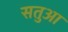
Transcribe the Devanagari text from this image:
सतुआ